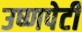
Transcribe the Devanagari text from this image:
उष्णपेटी